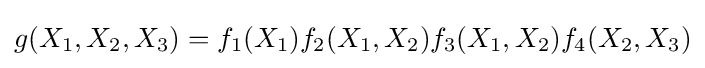
g(X_{1},X_{2},X_{3})=f_{1}(X_{1})f_{2}(X_{1},X_{2})f_{3}(X_{1},X_{2})f_{4}(X_{2},X_{3})